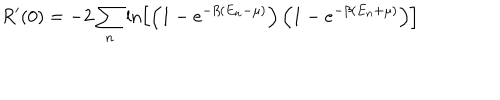
R ^ { \prime } ( 0 ) = - 2 \sum _ { n } \ln \left[ \left( 1 - e ^ { - \beta ( E _ { n } - \mu ) } \right) \left( 1 - e ^ { - \beta ( E _ { n } + \mu ) } \right) \right]